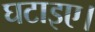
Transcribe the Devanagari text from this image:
घटाइए।